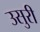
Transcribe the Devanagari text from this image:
उसुरी